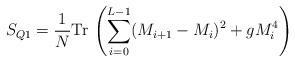
LaTeX: \begin{align*}S_{Q1} = \frac{1}{N} \mbox{Tr} \, \left( \sum_{i=0}^{L-1} (M_{i+1}-M_i )^2 + gM_i^4 \right) \end{align*}